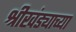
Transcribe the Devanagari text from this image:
श्रीखंड्याच्या